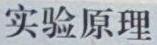
实验原理